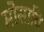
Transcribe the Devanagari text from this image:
मोसावि